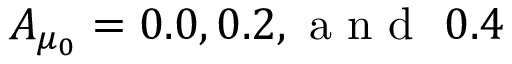
A _ { \mu _ { 0 } } = 0 . 0 , 0 . 2 , \mathrm { ~ a ~ n ~ d ~ } \ 0 . 4